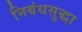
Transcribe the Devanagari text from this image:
निबंधसुद्धा